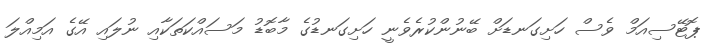
ޕޮޓޭސިއަމް ވެސް ހަށިގަނޑަށް ބޭނުންކުރެވެނީ ހަށިގަނޑުގެ މާބޮޑު މަސައްކަތަކާއި ނުލައި އޭގެ އަމިއްލަ